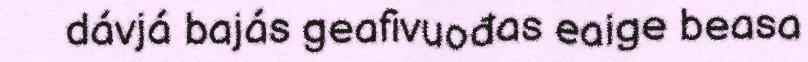
dávjá bajás geafivuođas eaige beasa